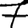
Digit: 7